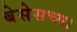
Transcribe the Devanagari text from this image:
बेसेसच्या